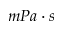
m P a · s